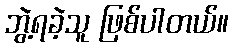
ဘွဲ့ရခဲ့သူ ဖြစ်ပါတယ်။